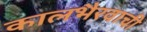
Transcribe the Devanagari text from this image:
कालभैरवाची